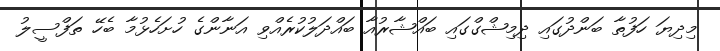
މިދިޔަ ހަފުތާ ބަންދުގައި ދިމިޝްގްގައި ބައްޝާރުއާ ބައްދަލުކުރެއްވި އަނާންގެ ހުށަހެޅުމާ ބެހޭ ތަފްސީލު